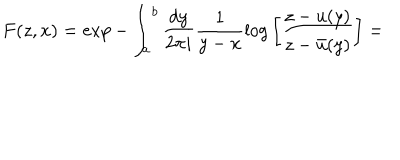
LaTeX: F ( z , x ) = \exp - \int _ { a } ^ { b } \frac { d y } { 2 \pi i } \frac { 1 } { y - x } \log \bigg [ \frac { z - u ( y ) } { z - \bar { u } ( y ) } \bigg ] =